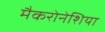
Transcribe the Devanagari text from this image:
मैकरोनेशिया